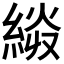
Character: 𰫭